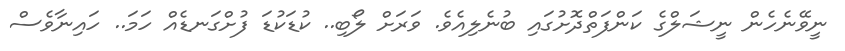
ނީވޭނެހެން ނީޝަލްގެ ކަންފަތްދޮށުގައި ބުނެލިއެވެ. ވަރަށް ލޯބި.. ކުޑަކުޑަ ފުށްގަނޑެއް ހަމަ.. ހައިނާވެސް